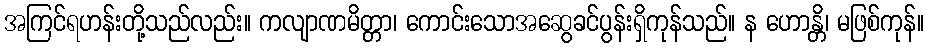
အကြင်ရဟန်းတို့သည်လည်း။ ကလျာဏမိတ္တာ၊ ကောင်းသောအဆွေခင်ပွန်းရှိကုန်သည်။ န ဟောန္တိ၊ မဖြစ်ကုန်။